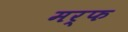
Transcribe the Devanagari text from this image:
मर्फ